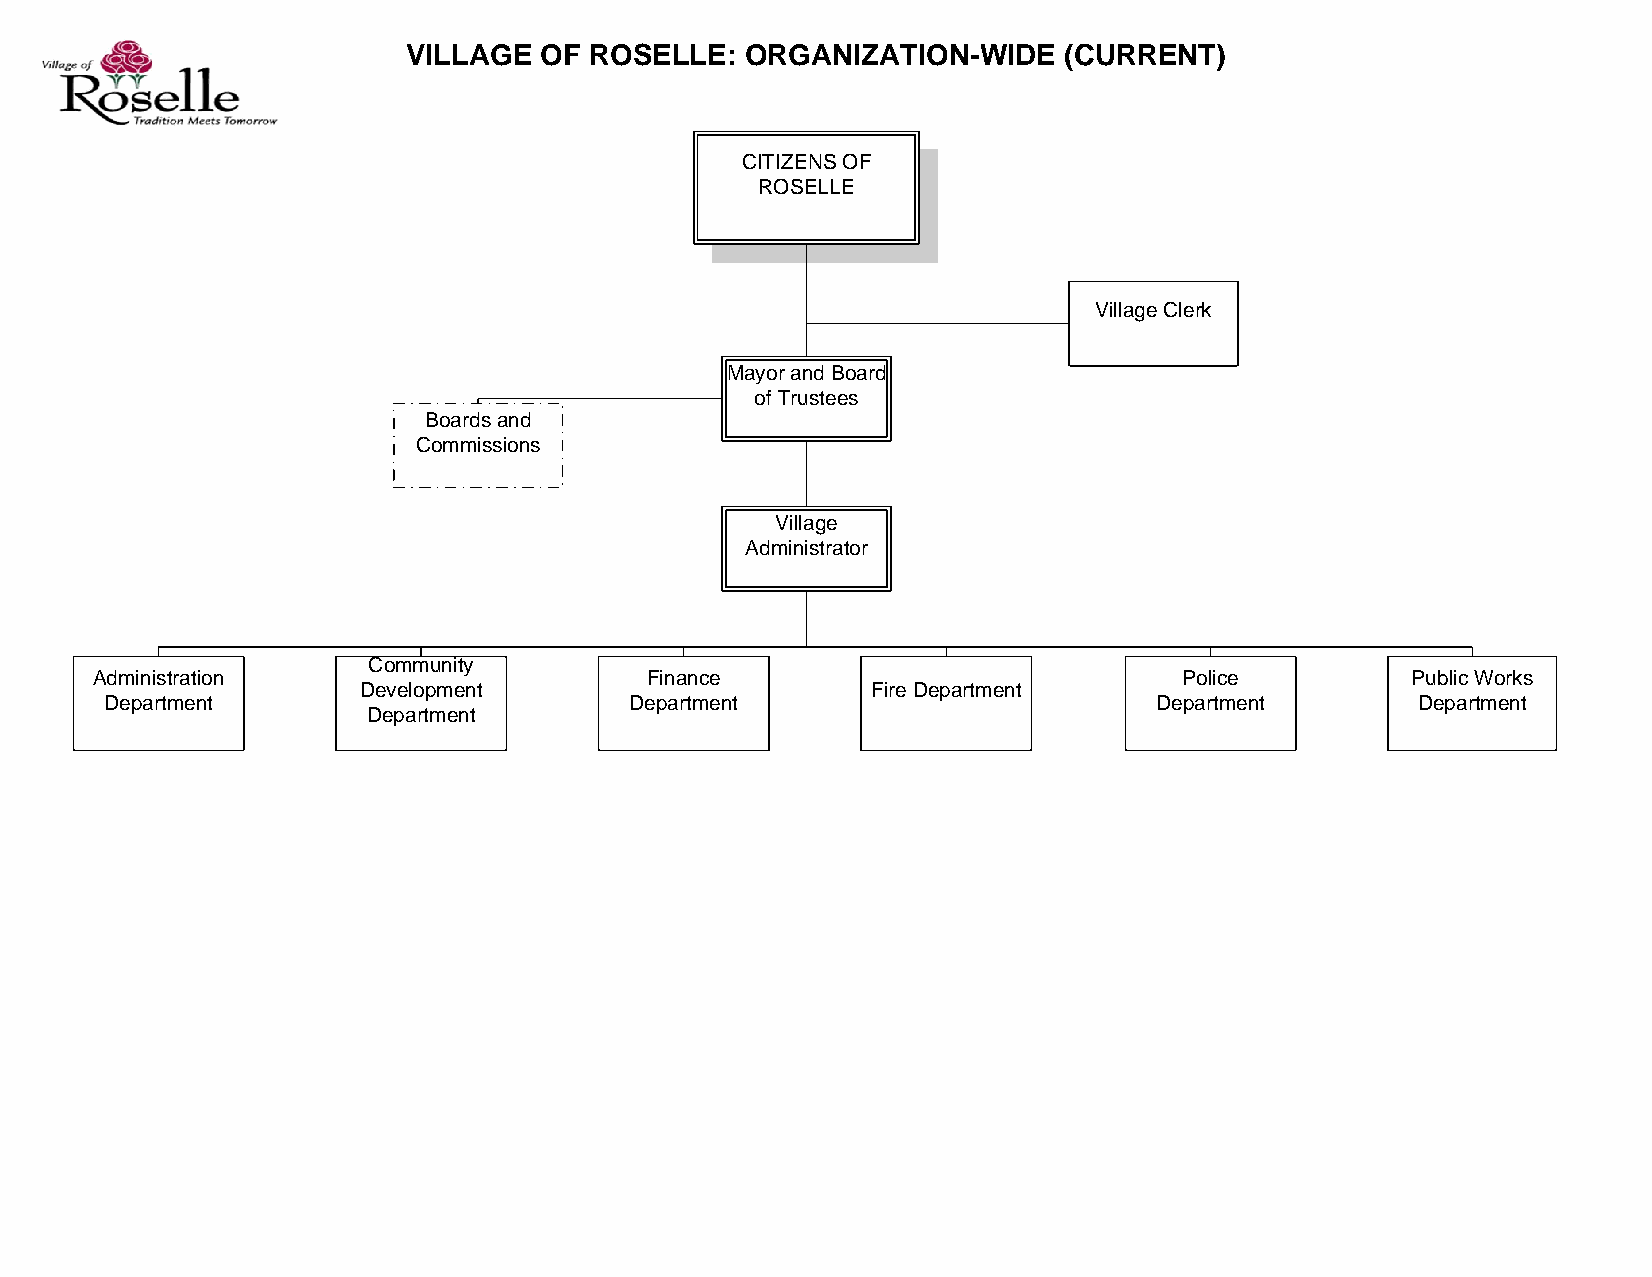
VILLAGE  OF ROSELLE:  ORGANIZATION-WIDE    (CURRENT)
 CITIZENS OF
 ROSELLE
 Village Clerk
 Mayor and Board
 of Trustees
 Boards and
 Commissions
 Village
 Administrator
 Community
 Administration                       Finance                            Police         Public Works
 Development                       Fire Department
 Department                         Department                         Department       Department
 Department